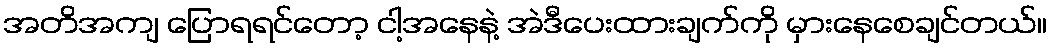
အတိအကျ ပြောရရင်တော့ ငါ့အနေနဲ့ အဲဒီပေးထားချက်ကို မှားနေစေချင်တယ်။